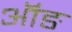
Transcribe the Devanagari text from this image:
ऑङ